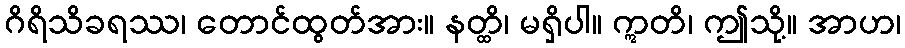
ဂိရိသိခရဿ၊ တောင်ထွတ်အား။ နတ္ထိ၊ မရှိပါ။ ဣတိ၊ ဤသို့။ အာဟ၊